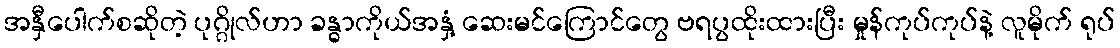
အနှီပေါက်စဆိုတဲ့ ပုဂ္ဂိုလ်ဟာ ခန္ဓာကိုယ်အနှံ့ ဆေးမင်ကြောင်တွေ ဗရပွထိုးထားပြီး မှုန်ကုပ်ကုပ်နဲ့ လူမိုက် ရုပ်